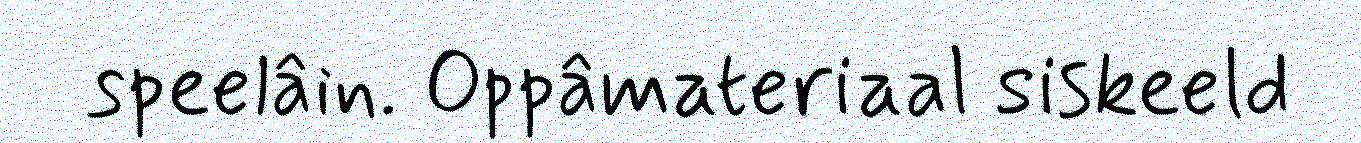
speelâin. Oppâmateriaal siskeeld